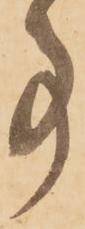
事